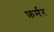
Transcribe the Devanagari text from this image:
फ़र्मर